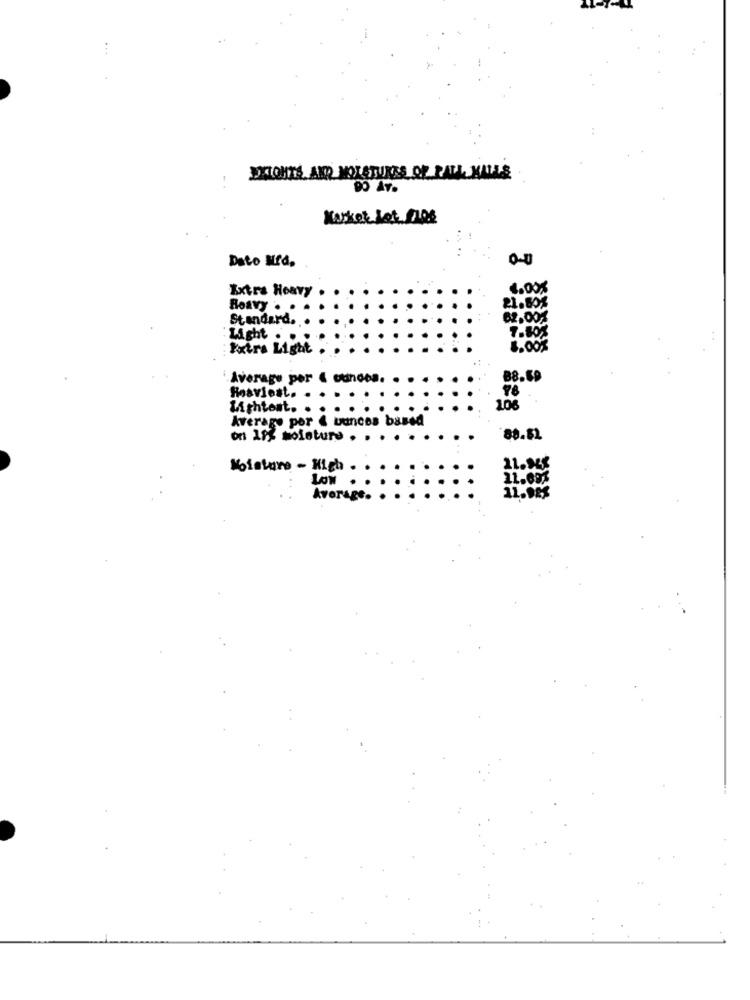
DILOHTS AKR MOLSTURES OF PALL MALLS
Maskot let Fros
Dato Mrá,
Extra Heavy
1.00%
Roavy . .
21.80%
Standard ..
62,00%
Light ..
7.80%
Extra Light
8.00%
Average per 4 ounces.
Heaviest.
Withtost.
106
Average por & bancos based
on 19% moisture . .
88.82
Moisture - High.
11.x45
LOW
21.69%
Average.